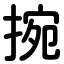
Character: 捥